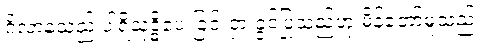
ဂိလာနသည် ပါရိသုဒ္ဓိပေးခြင်းငှာ ခွင့်ပြုသည်ဟု မိန့်တော်မူသည်။